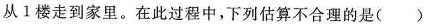
从1楼走到家里。在此过程中，下列估算不合理的是( )